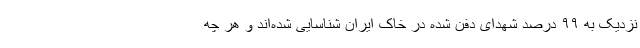
نزدیک به ۹۹ درصد شهدای دفن شده در خاک ایران شناسایی شده‌اند و هر چه